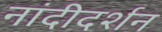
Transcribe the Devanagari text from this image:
नांदीदर्शन